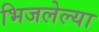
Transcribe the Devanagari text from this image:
भिजलेल्या